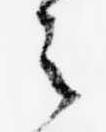
之